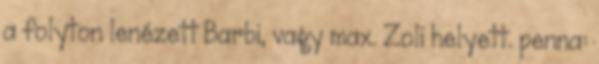
a folyton lenézett Barbi, vagy max. Zoli helyett. penna: